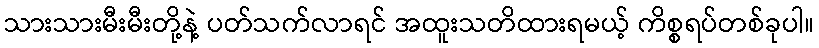
သားသားမီးမီးတို့နဲ့ ပတ်သက်လာရင် အထူးသတိထားရမယ့် ကိစ္စရပ်တစ်ခုပါ။